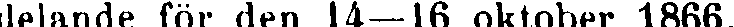
delande för den 14—16 oktober 1866.